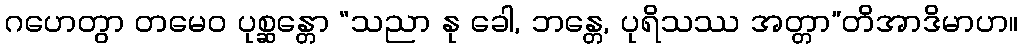
ဂဟေတွာ တမေဝ ပုစ္ဆန္တော “သညာ နု ခေါ, ဘန္တေ, ပုရိသဿ အတ္တာ”တိအာဒိမာဟ။